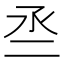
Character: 𠄪